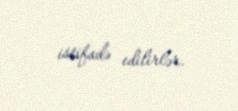
istifadə edilirlər.